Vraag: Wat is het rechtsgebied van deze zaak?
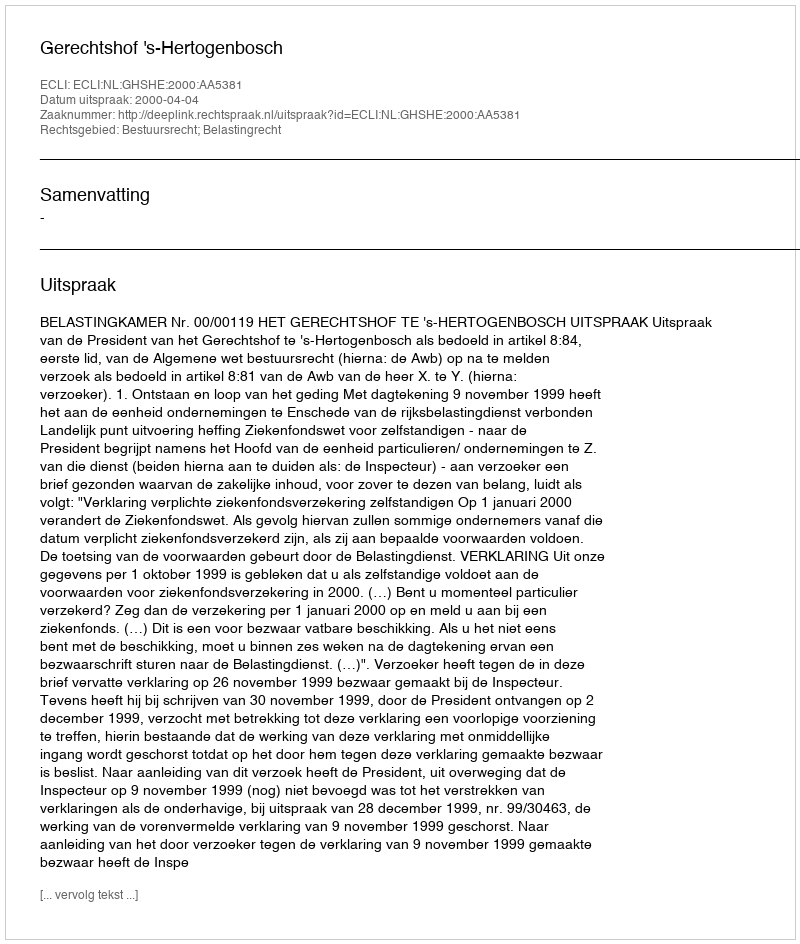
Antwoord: Bestuursrecht; Belastingrecht